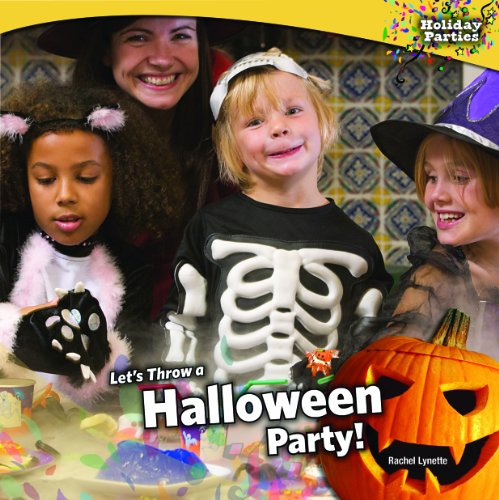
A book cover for Let's Throw a Halloween Party! (Holiday Parties); Rachel Lynette; Cookbooks, Food & Wine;